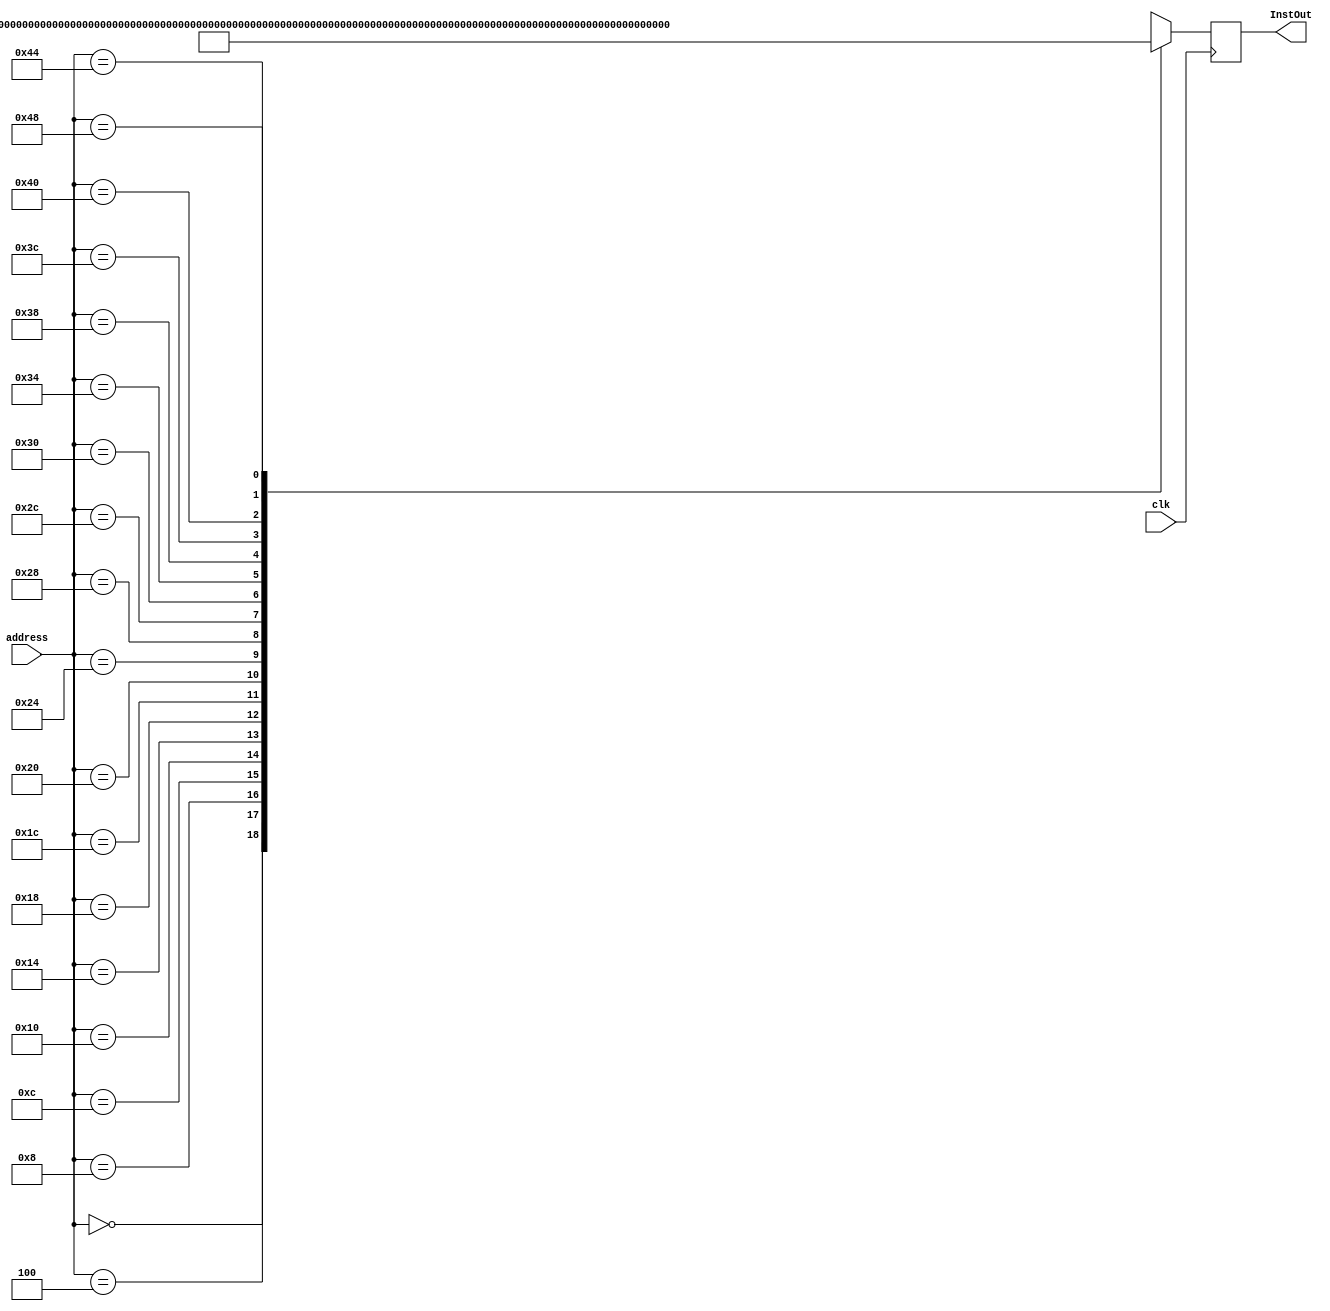
module ROM(address, clk, InstOut);

input [7:0] address;
input clk;
output reg [31:0] InstOut;

always @(posedge clk)
begin
	case(address)

	8'h00 : InstOut = 32'h00450693;
	8'h04 : InstOut = 32'h00100713;
	8'h08 : InstOut = 32'h00b76463;
	8'h0c : InstOut = 32'h00008067;  
	8'h10 : InstOut = 32'h0006a803;
	8'h14 : InstOut = 32'h00068613;
	8'h18 : InstOut = 32'h00070793;
	8'h1c : InstOut = 32'hffc62883;
	8'h20 : InstOut = 32'h01185a63;
	8'h24 : InstOut = 32'h01162023;
	8'h28 : InstOut = 32'hfff78793;
	8'h2c : InstOut = 32'hffc60613;
	8'h30 : InstOut = 32'hfe0796e3;
	8'h34 : InstOut = 32'h00279793;
	8'h38 : InstOut = 32'h00f507b3;
	8'h3c : InstOut = 32'h0107a023;
	8'h40 : InstOut = 32'h00170713;
	8'h44 : InstOut = 32'h00468693;
	8'h48 : InstOut = 32'hfc1ff06f;
	default : InstOut = 32'hx;
	
	endcase

end

endmodule